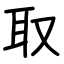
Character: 取